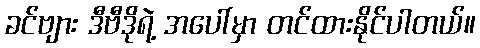
ခင်ဗျား ဒီဗီဒိုရဲ့ အပေါ်မှာ တင်ထားနိုင်ပါတယ်။